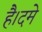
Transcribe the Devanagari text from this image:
है।दमे